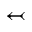
\leftarrowtail